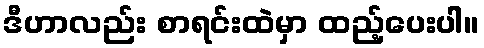
ဒီဟာလည်း စာရင်းထဲမှာ ထည့်ပေးပါ။